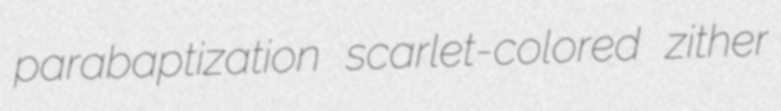
parabaptization scarlet-colored zither